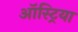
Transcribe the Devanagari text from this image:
ऑस्‍ट्रिया